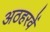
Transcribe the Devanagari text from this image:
अठहरवें